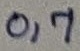
Text: 0,7